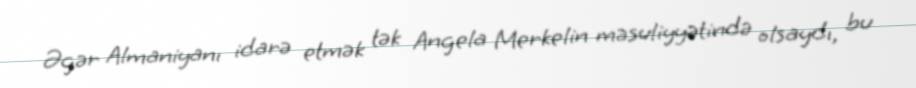
Əgər Almaniyanı idarə etmək tək Angela Merkelin məsuliyyətində olsaydı, bu